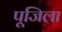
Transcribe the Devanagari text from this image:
पूजिला